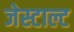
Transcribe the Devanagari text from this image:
जेस्टाल्ट